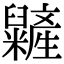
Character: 𥽱